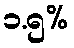
၁.၅%